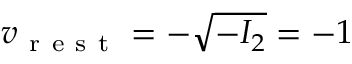
v _ { \mathrm { ~ r ~ e ~ s ~ t ~ } } = - \sqrt { - I _ { 2 } } = - 1